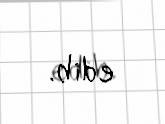
edib.